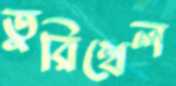
তুরিখেল